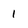
Character: 1